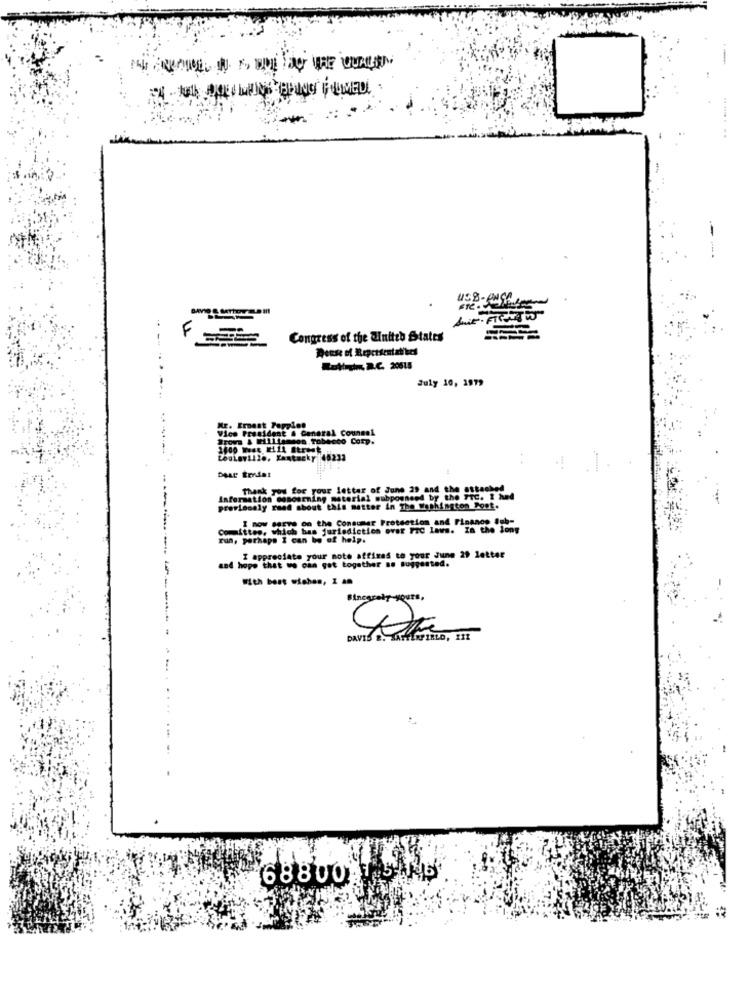
--
F
Congress of the Winiteb States
--
Deuse of Representatives
July 10, 1979
..
KE. Ernest Pappion
Vice President & General Counsel
Trova & Williamsos Tobacco Corp.
Louisville, Kentucky 48231
Dear tridet
thank you for your letter of June 29 and
Information domourning material mubpownend by the Frc. 2 hed
previacaly read about this matter in The Washington Post.
I now serve on the Consumer Protection
committee. whi
Committee, which bas jurisdiction ovar Fic laws. In the long
Tun, perhaps I can be of help.
I appreciate your note affizas to your June 29 letter
and hope that we can get together as suggested.
sincerely yours,
68800 1 5 KB